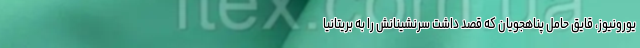
یورونیوز، قایق حامل پناهجویان که قصد داشت سرنشینانش را به بریتانیا